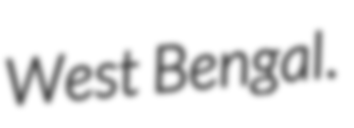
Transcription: West Bengal.